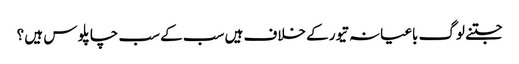
جتنے لوگ باغیانہ تیور کے خلاف ہیں سب کے سب چاپلو س ہیں ؟